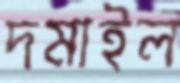
দমাইল